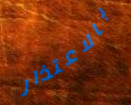
بالاعتذار